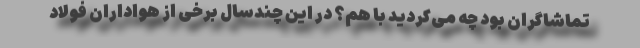
تماشاگران بود چه می‌کردید با هم؟ در این چندسال برخی از هواداران فولاد